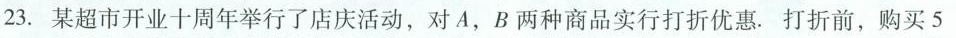
23.某超市开业十周年举行了店庆活动，对A、B两种商品实行打折优惠.打折前，购买5